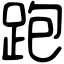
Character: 跑